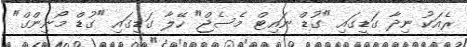
ރެއަކު ނިދާ ގަޑީގައި "ގުޑް ނައިޓް މެސެޖް" ހޭލާ ގަޑީގައި "ގުޑް މޯނިންގް"